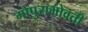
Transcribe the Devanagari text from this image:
गोपुराभोवती